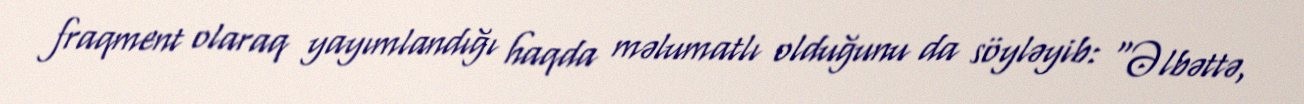
fraqment olaraq yayımlandığı haqda məlumatlı olduğunu da söyləyib: “Əlbəttə,